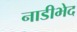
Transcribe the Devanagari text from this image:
नाडीभेद